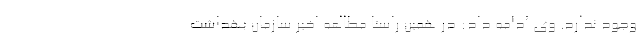
وجود ندارد. وی ادامه داد: در همین راستا مطالعه اخیر سازمان بهداشت